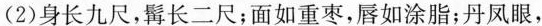
(2)身长九尺，髯长二尺；面如重枣，唇如涂脂；丹凤眼，